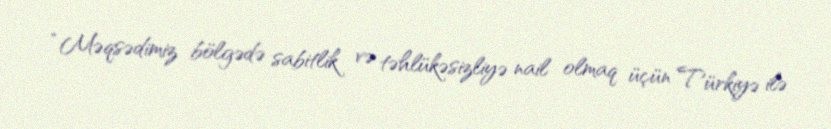
“Məqsədimiz bölgədə sabitlik və təhlükəsizliyə nail olmaq üçün Türkiyə ilə